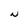
Character: N